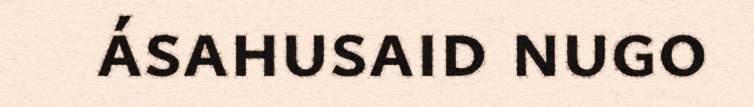
ásahusaid nugo